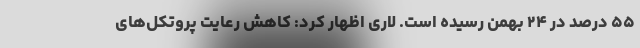
۵۵ درصد در ۲۴ بهمن رسیده است. لاری اظهار کرد: کاهش رعایت پروتکل‌های